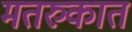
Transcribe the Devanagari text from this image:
मतरुकात